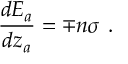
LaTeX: \frac { d E _ { a } } { d z _ { a } } = \mp n \sigma ~ .